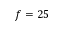
f = 2 5